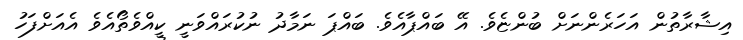
އިޝާރާތުން އަހަރެންނަށް ބުންޏެވެ. އޭ ބައްޕާއެވެ. ބައްޕަ ނަމާދު ނުކުރައްވަނީ ކީއްވެތޯއެވެ އެއަށްފަހު